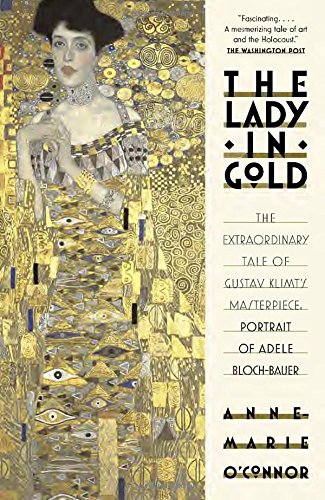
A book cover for The Lady in Gold: The Extraordinary Tale of Gustav Klimt's Masterpiece, Portrait of Adele Bloch-Bauer; Anne-Marie O'Connor; Arts & Photography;